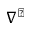
\nabla ^ { \perp }